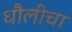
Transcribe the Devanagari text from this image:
धौलीचा